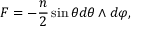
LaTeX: F = - { \frac { n } { 2 } } \sin \theta d \theta \wedge d \varphi ,